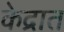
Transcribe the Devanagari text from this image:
केद्रात